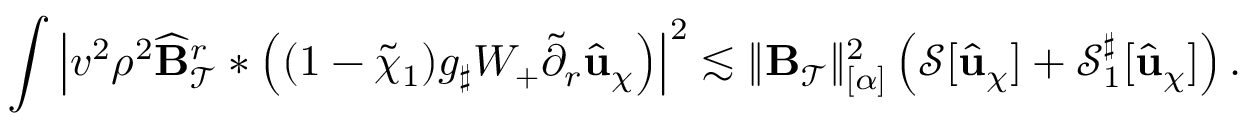
\int \left| v ^ { 2 } \rho ^ { 2 } \widehat { \mathbf { B } } _ { \mathcal { T } } ^ { r } * \left( ( 1 - \widetilde { \chi } _ { 1 } ) g _ { \sharp } W _ { + } \widetilde { \partial } _ { r } \widehat { \mathbf { u } } _ { \chi } \right) \right| ^ { 2 } \lesssim \lVert \mathbf { B } _ { \mathcal { T } } \rVert _ { [ \alpha ] } ^ { 2 } \left( \mathcal { S } [ \widehat { \mathbf { u } } _ { \chi } ] + \mathcal { S } _ { 1 } ^ { \sharp } [ \widehat { \mathbf { u } } _ { \chi } ] \right) .